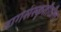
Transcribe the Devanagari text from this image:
नागसंस्कृतीतील